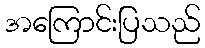
အကြောင်းပြသည်